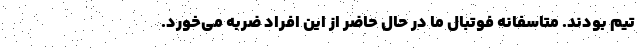
تيم بودند. متاسفانه فوتبال ما در حال حاضر از اين افراد ضربه مي‌خورد.